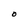
Character: O